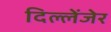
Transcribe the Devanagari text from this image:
दिल्लेंजेर